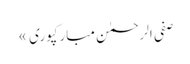
صفی الرحمٰن مبارکپوری »